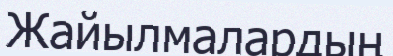
Жайылмалардың